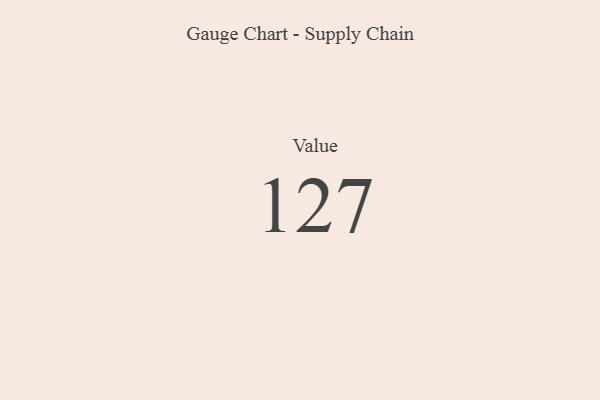
{"axis": {"x": "Metric", "y": "Value"}, "legend": [""], "data": [{"x": "Value", "y": 127, "type": ""}]}